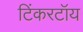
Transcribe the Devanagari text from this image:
टिंकरटॉय